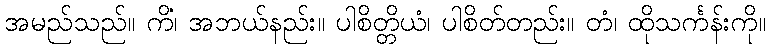
အမည်သည်။ ကိံ၊ အဘယ်နည်း။ ပါစိတ္တိယံ၊ ပါစိတ်တည်း။ တံ၊ ထိုသင်္ကန်းကို။